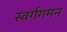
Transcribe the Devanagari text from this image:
स्वर्गगमन